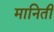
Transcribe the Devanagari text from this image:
मानिती